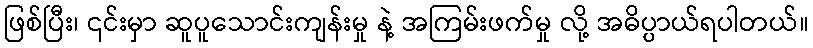
ဖြစ်ပြီး၊ ၎င်းမှာ ဆူပူသောင်းကျန်းမှု နဲ့ အကြမ်းဖက်မှု လို့ အဓိပ္ပာယ်ရပါတယ်။